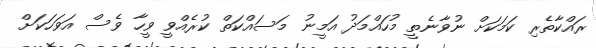
ރައްކާތެރި ކަމަކަށް ނުވާނެތީ މުހައްމަދު އަމީނު މަސައްކަތް ކުރެއްވީ ވީހާ ވެސް އަވަހަކަށް